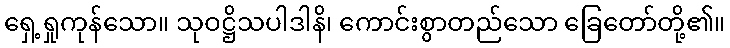
ရှေ့ရှုကုန်သော။ သုဝဋ္ဌိသပါဒါနိ၊ ကောင်းစွာတည်သော ခြေတော်တို့၏။